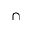
\cap